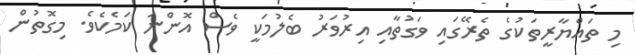
މި ތައްޔާރީތަކުގެ ތެރޭގައި ވަގުތާއި އިރުވަރު ބެލުމަކީ ވެސް އޮންނަ ކަމެކެވެ. މިގޮތުން